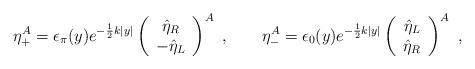
LaTeX: \begin{align*} \eta_+^A=\epsilon_\pi(y)e^{-\frac{1}{2}k|y|}\left(\begin{array}{c}\hat{\eta}_R\\-\hat{\eta}_L\end{array}\right)^A\ ,\qquad \eta_-^A=\epsilon_0(y)e^{-\frac{1}{2}k|y|}\left(\begin{array}{c}\hat{\eta}_L\\\hat{\eta}_R\end{array}\right)^A\ ,\end{align*}